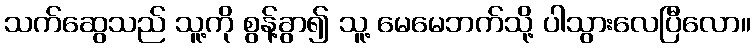
သက်ဆွေသည် သူ့ကို စွန့်ခွာ၍ သူ့ မေမေဘက်သို့ ပါသွားလေပြီလော။